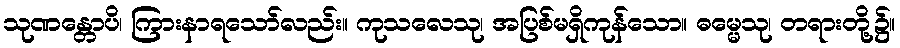
သုဏန္တောပိ၊ ကြားနာရသော်လည်း။ ကုသလေသု၊ အပြစ်မရှိကုန်သော။ ဓမ္မေသု၊ တရားတို့၌။